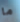
ما